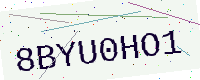
Text: 8BYU0HO1